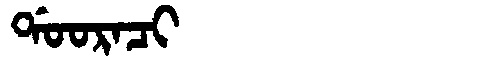
Manchu: ᡩᠣᠣᡵᠠᠴᡳ
Romanization: DOORACI